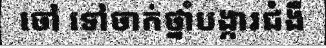
ចៅ ទៅចាក់ថ្នាំបង្ការជំងឺ